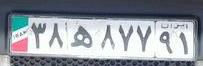
۳۸ه۸۷۷۹۱